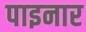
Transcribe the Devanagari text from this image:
पाइनार